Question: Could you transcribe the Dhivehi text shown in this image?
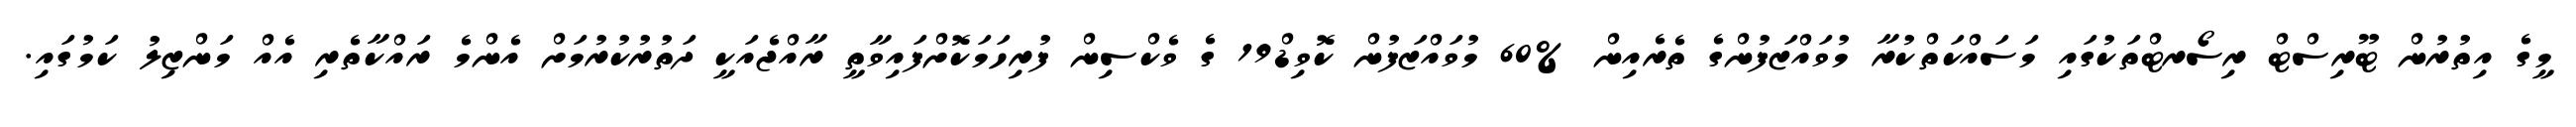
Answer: މީގެ އިތުރުން ޓޫރިސްޓް ރިސޯރޓްތަކުގައި މަސައްކަތްކުރާ މުވައްޒަފުންގެ ތެރެއިން %60 މުވައްޒަފުން ކޮވިޑް19 ގެ ވެކްސިން ފުރިހަމަކޮށްފައިވާތީ ރާއްޖެއަކީ ދަތުރުކުރުމަށް އެންމެ ރައްކާތެރި އެއް މަންޒިލު ކަމުގައި.